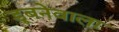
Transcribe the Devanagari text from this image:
डूबनेवाला